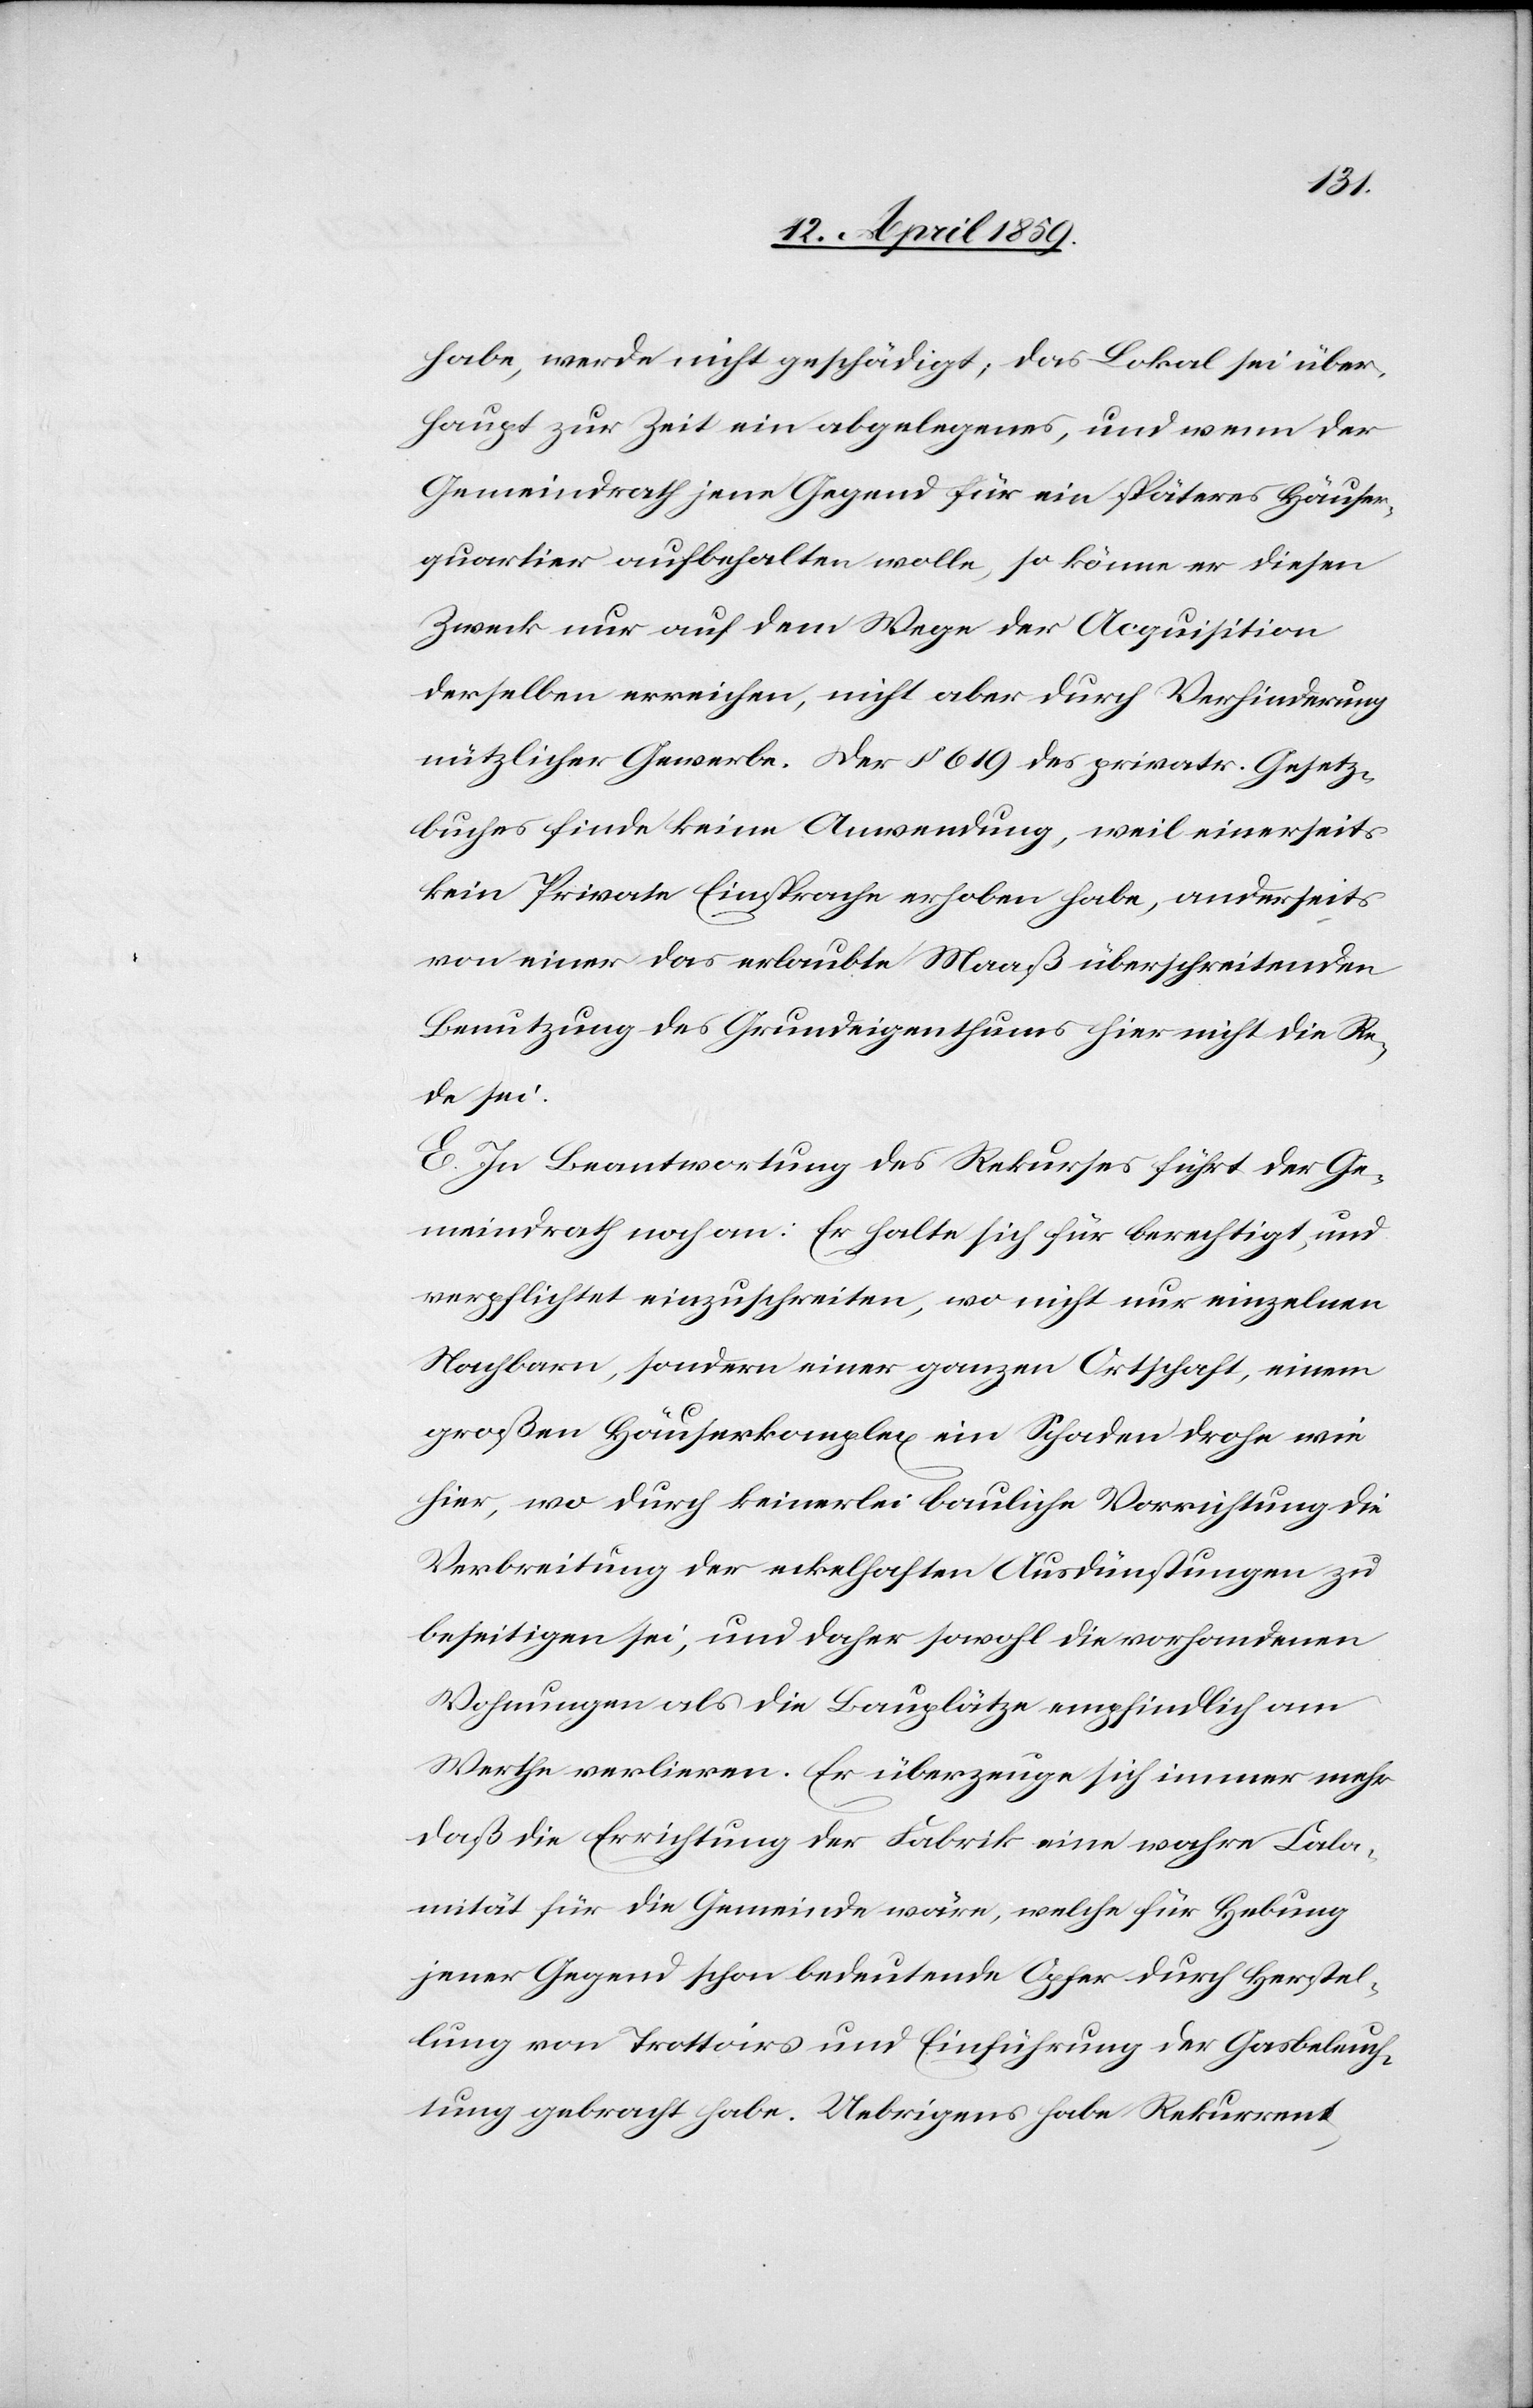
habe, werde nicht geschädigt, das Lokal sei über¬
haupt zur Zeit ein abgelegenes, und wenn der
Gemeindrath jene Gegend für ein späteres Häuser¬
quartier aufbehalten wolle, so könne er diesen
Zweck nur auf dem Wege der Acquisition
derselben erreichen, nicht aber durch Verhinderung
nützlicher Gewerbe. Der § 619 des privatr. Gesetz¬
buches finde keine Anwendung, weil einerseits
kein Private[r] Einsprache erhoben habe, anderseits
von einer das erlaubte Maaß überschreitenden
Benutzung des Grundeigenthums hier nicht die Re¬
de sei.
E. In Beantwortung des Rekurses führt der Ge¬
meindrath noch an: Er halte sich für berechtigt, und
verpflichtet einzuschreiten, wo nicht nur einzelnen
Nachbarn, sondern einer ganzen Ortschaft, einem
großen Häuserkomplex ein Schaden drohe wie
hier, wo durch keinerlei bauliche Vorrichtung die
Verbreitung der eckelhaften Ausdünstungen zu
beseitigen sei, und daher sowohl die vorhandenen
Wohnungen als die Bauplätze empfindlich am
Werthe verlieren. Er überzeuge sich immer mehr
daß die Errichtung der Fabrik eine wahre Cala¬
mität für die Gemeinde wäre, welche für Hebung
jener Gegend schon bedeutende Opfer durch Herstel¬
lung von Trottoirs und Einführung der Gasbeleuch¬
tung gebracht habe. Uebrigens habe Rekurrent,